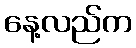
နေ့လည်က